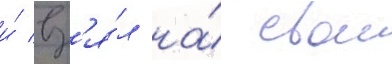
и́ вз'я́л на́ свои